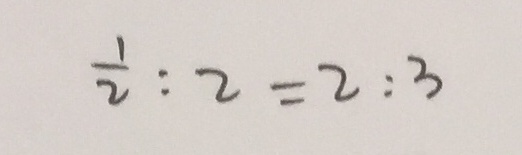
\frac { 1 } { 2 } : 2 = 2 : 3